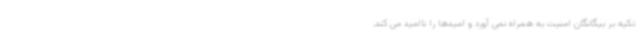
تکیه بر بیگانگان امنیت به همراه نمی آورد و امیدها را ناامید می کند.